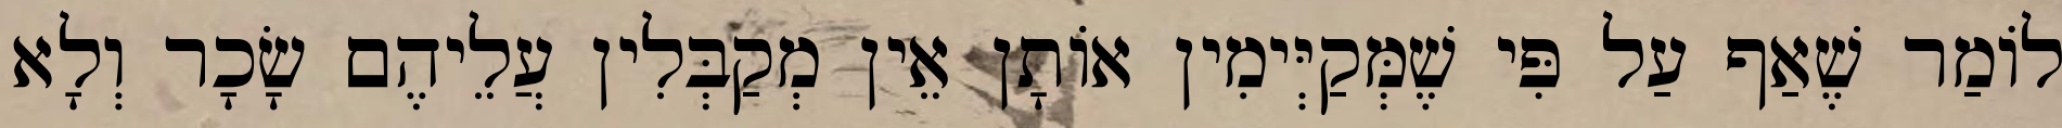
לוֹמַר שֶׁאַף עַל פִּי שֶׁמְּקַיְּימִין אוֹתָן אֵין מְקַבְּלִין עֲלֵיהֶם שָׂכָר וְלָא